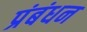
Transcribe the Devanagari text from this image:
प्रंबंधन